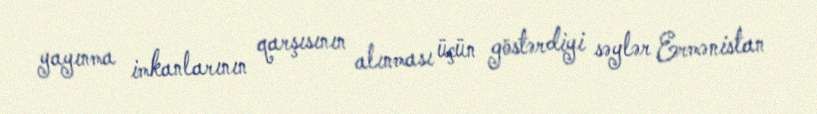
yayınma imkanlarının qarşısının alınması üçün göstərdiyi səylər Ermənistan